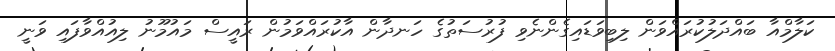
ކަލާމްއާ ބައްދަލުކުރައްވަން ލިބިވަޑައިގެންނެވި ފުރުސަތުގެ ހަނދާން އާކުރައްވަމުން ރައީސް މައުމޫނު ލިއުއްވާފައި ވަނީ